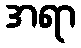
အရာ